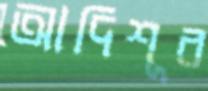
আদিশূর